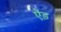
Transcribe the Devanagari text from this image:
ऐंड़